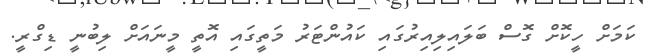
ކަމަށް ހީކޮށް ގޮސް ބަލައިލިއިރުގައި ކައުންޓަރު މަތީގައި އޮތީ މީނައަށް ލިބުނީ ޑިގްރީ.